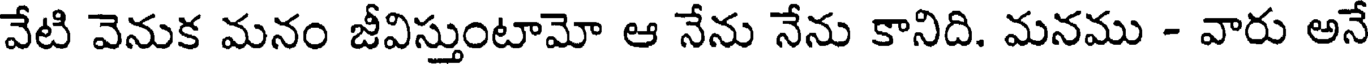
వేటి వెనుక మనం జీవిస్తుంటామో ఆ నేను నేను కానిది. మనము - వారు అనే